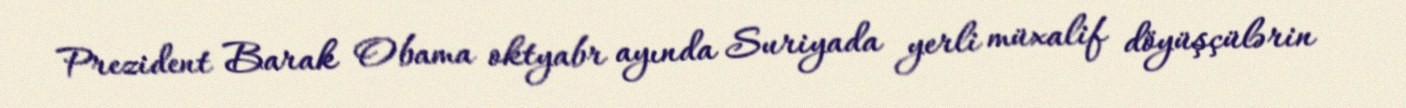
Prezident Barak Obama oktyabr ayında Suriyada yerli müxalif döyüşçülərin